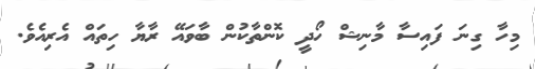
މިހާ ގިނަ ފައިސާ މާނިޝް ހޯދީ ކޮންތާކުން ބާވައޭ ރާޔާ ހިތައް އެރިއެވެ.